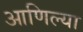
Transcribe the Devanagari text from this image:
आणिल्या